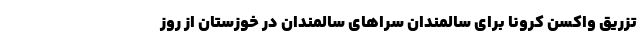
تزریق واکسن کرونا برای سالمندان سراهای سالمندان در خوزستان از روز